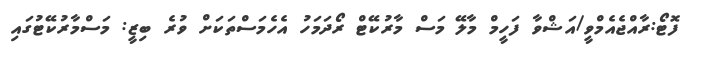
ފޮޓޯ:ރާއްޖެއެމްވީ/އަޝްވާ ފަހީމް މާލޭ މަސް މާރުކޭޓް ރޯދަމަހު އެހެމަސްތަކަށް ވުރެ ބިޒީ: މަސްމާރުކޭޓުގައި